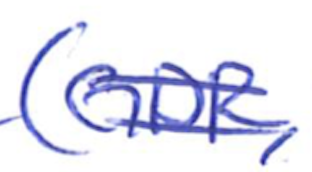
Text: (GDR,
Cross-out: double-line
Writing tool: ballpoint